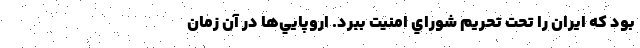
بود كه ايران را تحت تحريم شوراي امنيت ببرد. اروپايي‌ها در آن زمان